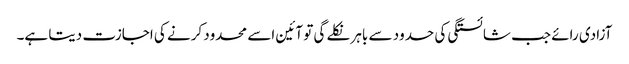
آزادی رائے جب شائستگی کی حدود سے باہر نکلے گی تو آئین اسے محدود کرنے کی اجازت دیتا ہے۔